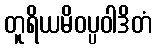
တူရိယမိဝပ္ပဝါဒိတံ